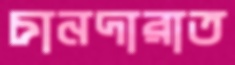
চানদারাত